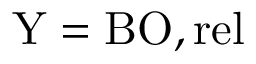
\mathrm { Y } = \mathrm { B O } , \mathrm { r e l }